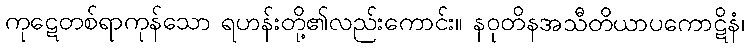
ကုဋေတစ်ရာကုန်သော ရဟန်းတို့၏လည်းကောင်း။ နဝုတိနအသီတိယာပကောဋိနံ၊